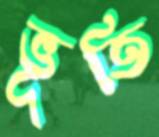
ভূতি